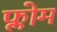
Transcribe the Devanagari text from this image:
फ्लोम